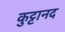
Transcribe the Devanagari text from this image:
कुट्टानद